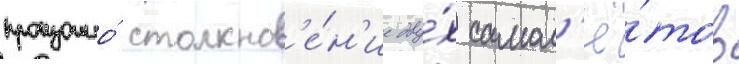
произошло́ столкнов'е́н'ие дву́х самол'ё́тов